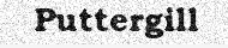
Puttergill